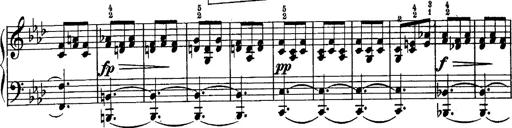
Title: Schubert's Impromptus [revised and edited by Franz Liszt]
Composer: Franz Liszt